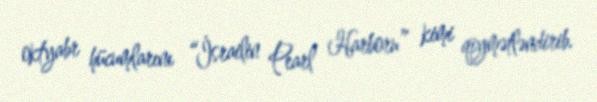
oktyabr hücumlarını “İsrailin Pearl Harboru” kimi qiymətləndirib.